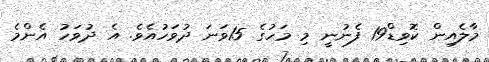
މާލެއިން ކޮވިޑް19 ފެނުނީ މި މަހުގެ 15ވަނަ ދުވަހުއެވެ. އެ ދުވަހު އެންމެ